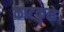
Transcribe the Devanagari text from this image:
काटकुळे